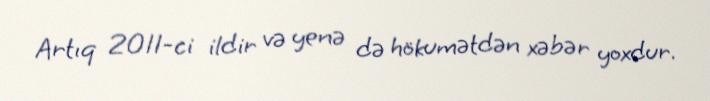
Artıq 2011-ci ildir və yenə də hökumətdən xəbər yoxdur.